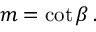
m = \cot \beta \, .